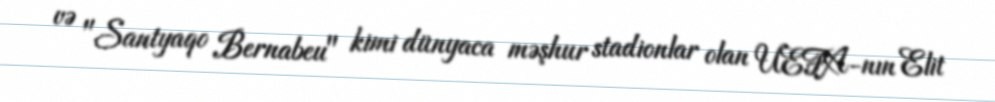
və "Santyaqo Bernabeu" kimi dünyaca məşhur stadionlar olan UEFA-nın Elit